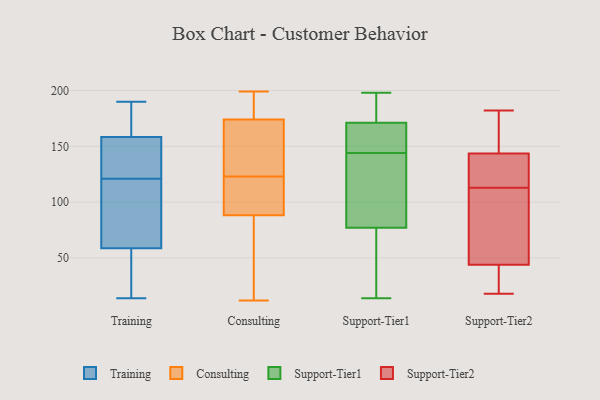
{"axis": {"x": "LTV (USD)", "y": "Value"}, "legend": ["Consulting", "Support-Tier1", "Support-Tier2", "Training"], "data": [{"x": "", "y": 133, "type": "Training"}, {"x": "", "y": 165, "type": "Training"}, {"x": "", "y": 121, "type": "Training"}, {"x": "", "y": 14, "type": "Training"}, {"x": "", "y": 129, "type": "Training"}, {"x": "", "y": 133, "type": "Training"}, {"x": "", "y": 190, "type": "Training"}, {"x": "", "y": 74, "type": "Training"}, {"x": "", "y": 70, "type": "Training"}, {"x": "", "y": 20, "type": "Training"}, {"x": "", "y": 168, "type": "Training"}, {"x": "", "y": 119, "type": "Training"}, {"x": "", "y": 105, "type": "Training"}, {"x": "", "y": 177, "type": "Training"}, {"x": "", "y": 25, "type": "Training"}, {"x": "", "y": 16, "type": "Training"}, {"x": "", "y": 156, "type": "Training"}, {"x": "", "y": 199, "type": "Consulting"}, {"x": "", "y": 92, "type": "Consulting"}, {"x": "", "y": 169, "type": "Consulting"}, {"x": "", "y": 166, "type": "Consulting"}, {"x": "", "y": 75, "type": "Consulting"}, {"x": "", "y": 123, "type": "Consulting"}, {"x": "", "y": 18, "type": "Consulting"}, {"x": "", "y": 12, "type": "Consulting"}, {"x": "", "y": 96, "type": "Consulting"}, {"x": "", "y": 175, "type": "Consulting"}, {"x": "", "y": 71, "type": "Consulting"}, {"x": "", "y": 87, "type": "Consulting"}, {"x": "", "y": 181, "type": "Consulting"}, {"x": "", "y": 135, "type": "Consulting"}, {"x": "", "y": 177, "type": "Consulting"}, {"x": "", "y": 171, "type": "Consulting"}, {"x": "", "y": 102, "type": "Consulting"}, {"x": "", "y": 105, "type": "Consulting"}, {"x": "", "y": 178, "type": "Consulting"}, {"x": "", "y": 198, "type": "Support-Tier1"}, {"x": "", "y": 167, "type": "Support-Tier1"}, {"x": "", "y": 130, "type": "Support-Tier1"}, {"x": "", "y": 42, "type": "Support-Tier1"}, {"x": "", "y": 41, "type": "Support-Tier1"}, {"x": "", "y": 144, "type": "Support-Tier1"}, {"x": "", "y": 171, "type": "Support-Tier1"}, {"x": "", "y": 195, "type": "Support-Tier1"}, {"x": "", "y": 167, "type": "Support-Tier1"}, {"x": "", "y": 87, "type": "Support-Tier1"}, {"x": "", "y": 171, "type": "Support-Tier1"}, {"x": "", "y": 194, "type": "Support-Tier1"}, {"x": "", "y": 131, "type": "Support-Tier1"}, {"x": "", "y": 14, "type": "Support-Tier1"}, {"x": "", "y": 147, "type": "Support-Tier1"}, {"x": "", "y": 47, "type": "Support-Tier1"}, {"x": "", "y": 103, "type": "Support-Tier1"}, {"x": "", "y": 18, "type": "Support-Tier2"}, {"x": "", "y": 26, "type": "Support-Tier2"}, {"x": "", "y": 143, "type": "Support-Tier2"}, {"x": "", "y": 49, "type": "Support-Tier2"}, {"x": "", "y": 129, "type": "Support-Tier2"}, {"x": "", "y": 40, "type": "Support-Tier2"}, {"x": "", "y": 97, "type": "Support-Tier2"}, {"x": "", "y": 178, "type": "Support-Tier2"}, {"x": "", "y": 136, "type": "Support-Tier2"}, {"x": "", "y": 182, "type": "Support-Tier2"}, {"x": "", "y": 48, "type": "Support-Tier2"}, {"x": "", "y": 144, "type": "Support-Tier2"}]}